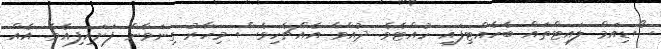
ސޯޑިއަމް ލައިޓްތައް ބެހެއްޓިފައި ހުއްޓެވެ. ދުއްވާ އެއްޗެހިވެސް މިހާރު ގިނަވާން ފަށައިފިއެވެ. އެއް